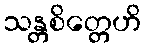
သန္တစိတ္တေဟိ